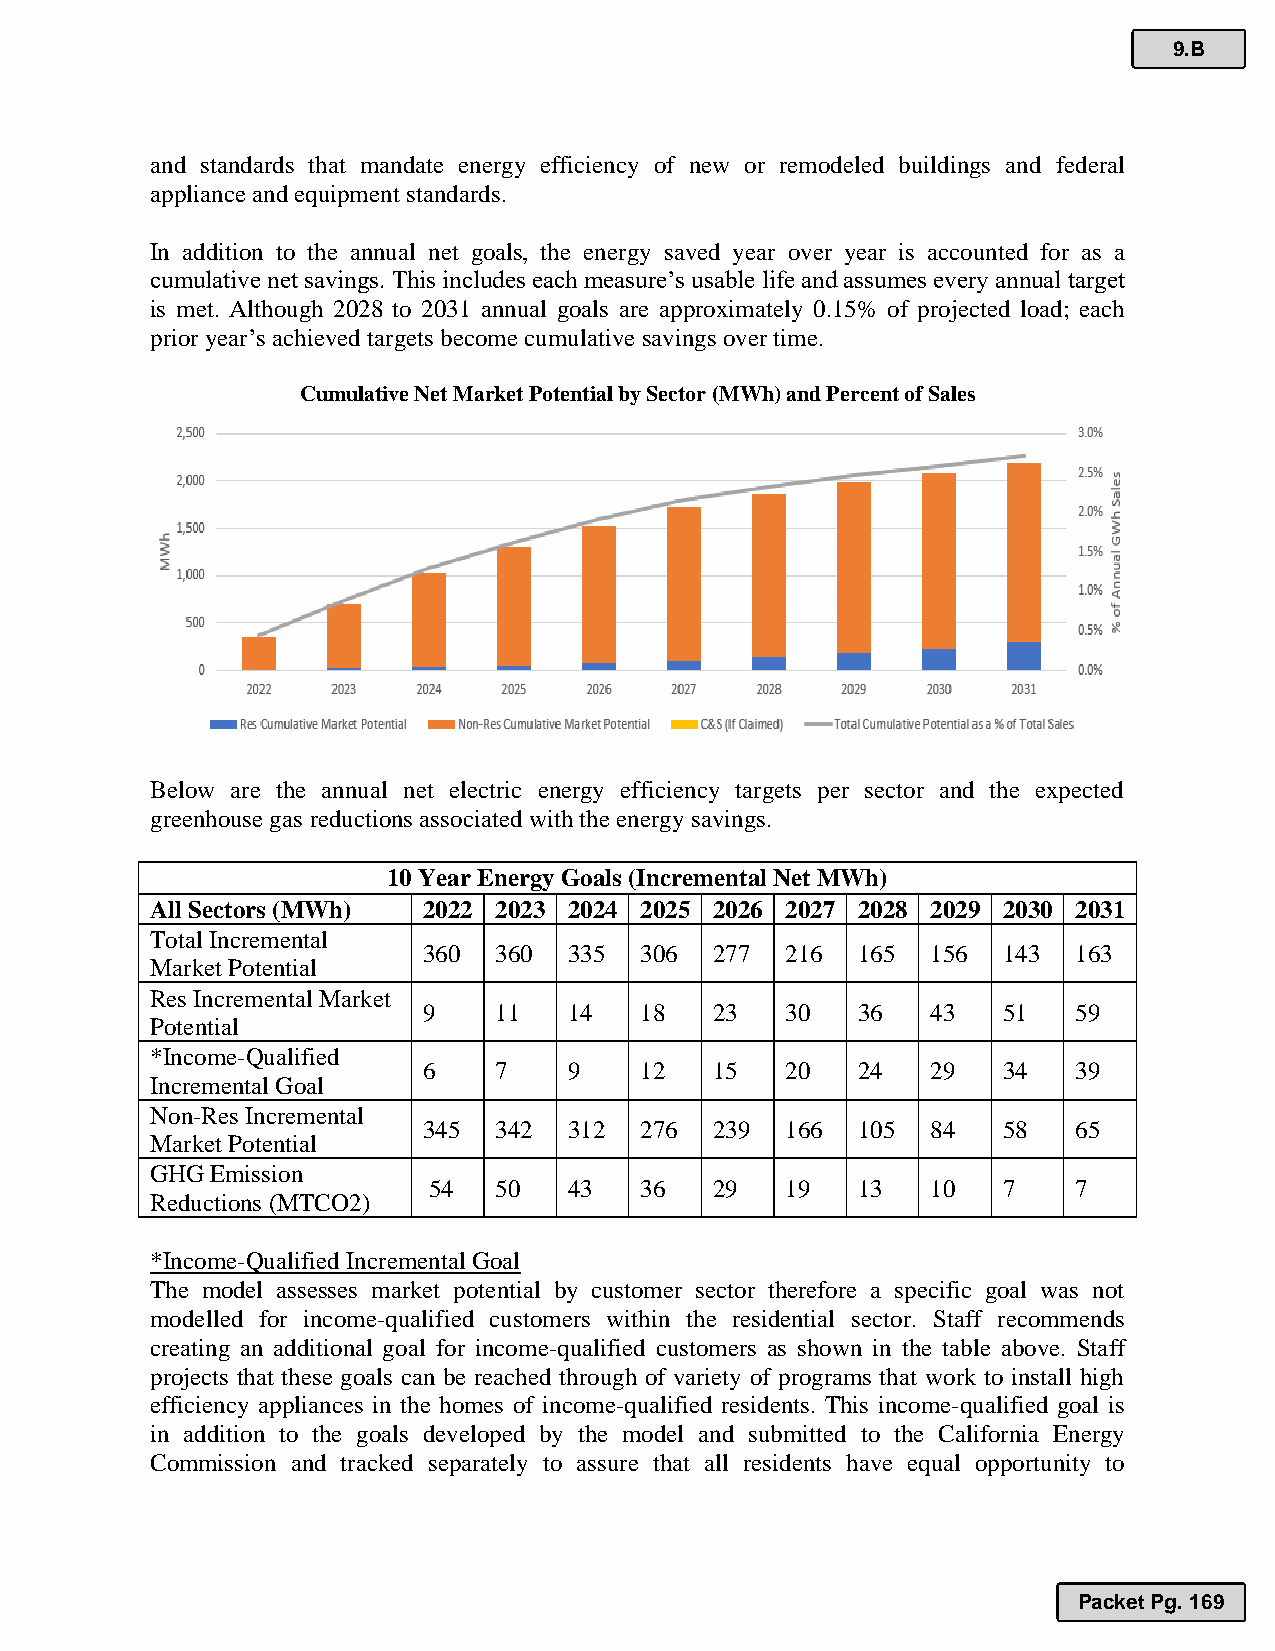
9.B
 and standards that mandate energy efficiency of new or remodeled buildings and federal
 appliance and equipment standards.
 In addition to the annual net goals, the energy saved year over year is accounted for as a
 cumulative net savings. This includes each measure’s usable life and assumes every annual target
 is met. Although 2028 to 2031 annual goals are approximately 0.15% of projected load; each
 prior year’s achieved targets become cumulative savings over time.
 Cumulative Net Market Potential by Sector (MWh) and Percent of Sales
 Below are the annual net electric energy efficiency targets per sector and the expected
 greenhouse gas reductions associated with the energy savings.
 10 Year Energy Goals (Incremental Net MWh)
 All Sectors (MWh) 2022 2023 2024 2025 2026 2027 2028 2029 2030 2031
 Total Incremental
 360  360  335 306  277  216  165  156 143  163
 Market Potential
 Res Incremental Market
 9    11   14  18   23   30   36   43  51   59
 Potential
 *Income-Qualified
 6    7    9   12   15   20   24   29  34   39
 Incremental Goal
 Non-Res Incremental
 345  342  312 276  239  166  105  84  58   65
 Market Potential
 GHG Emission
 54   50   43  36   29   19   13   10  7    7
 Reductions (MTCO2)
 *Income-Qualified Incremental Goal
 The model assesses market potential by customer sector therefore a specific goal was not
 modelled for income-qualified customers within the residential sector. Staff recommends
 creating an additional goal for income-qualified customers as shown in the table above. Staff
 projects that these goals can be reached through of variety of programs that work to install high
 efficiency appliances in the homes of income-qualified residents. This income-qualified goal is
 in addition to the goals developed by the model and submitted to the California Energy
 Commission and tracked separately to assure that all residents have equal opportunity to
 Packet Pg. 169